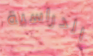
الدراسية